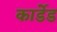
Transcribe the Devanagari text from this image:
कार्डेड